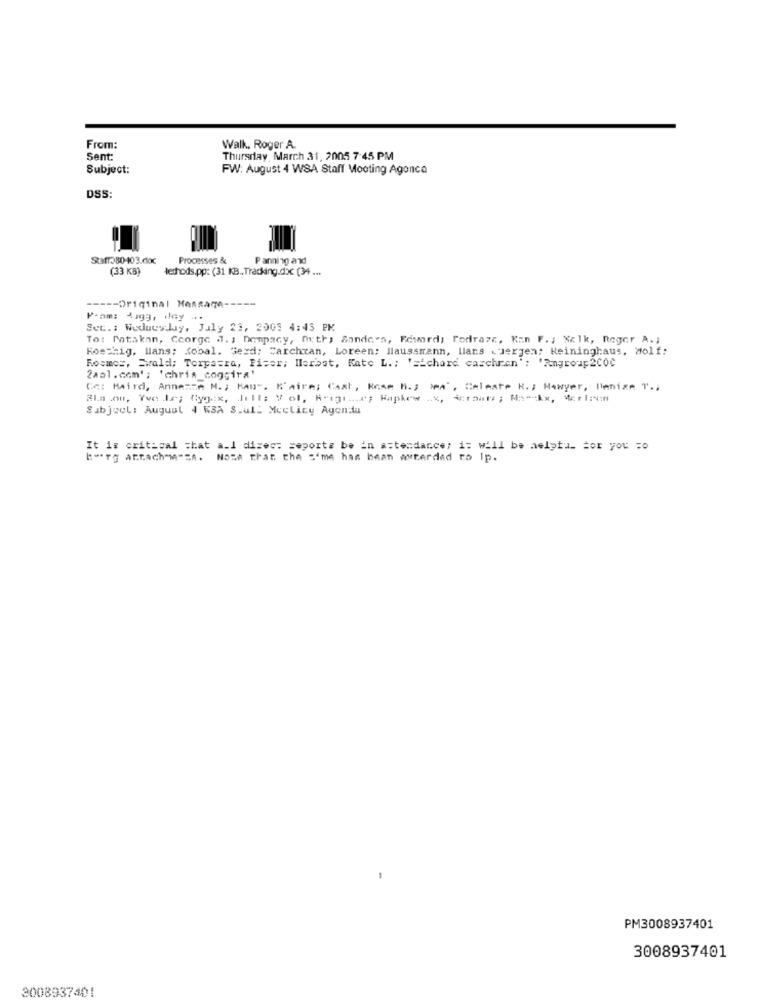
From:
Walk, Roger A
Sent:
Thursday, March 31, 2005 7:45 PM
Subject:
FW: August 4 WSA Staff Mooting Agonca
DSS:
Stafr380-403.doc
Processes &
Panning and
(33 KB)
tethods.pp: (31 KB .. Tracking.doc (34 ...
----- Original Message-
P-am: 1199, ilny
Set .: Wodacyduy, July 23, 2005 4:43 PM
To: Matskan, Coorge J. ; Denpacy, myths Sonde's, Feword, Podrazz, Kan F. ; Kelk, Reger A. J
Koschig, lans: Kobal. Sexd: Carchean, Loreen; Ilausstrann, llans . Jergen: keininghaus, Wolf:
Roomes, Swald; Torpasra, Fiser; Herbst, Kate L .: '=ichard caschran': 'Rngroup200℃
2aol.com' ; 'chris_coggira'
Ce: Maird, Annemze M. ; Man". K'aire; Cast, Rose " .; )MA", Celeste K .; Mawyer, Menize " ..
Subject: August 4 KSA S.ul: Mcclicy Agenda
It is critical that a.1 dizes: seporte be in attendance; it will be aelytu_ For you =o
berg arrach-M -= A. NORA That the same has been asterded to Ip.
PM3008937401
3008937401
3008937401